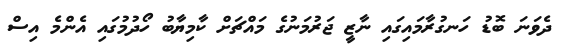
ދެވަނަ ބޮޑު ހަނގުރާމައިގައި ނާޒީ ޖަރުމަނުގެ މައްޗަށް ކާމިޔާބު ހޯދުމުގައި އެންމެ އިސް